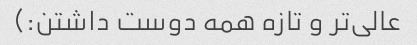
عالی‌تر و تازه همه دوست داشتن:)